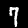
Label: 7